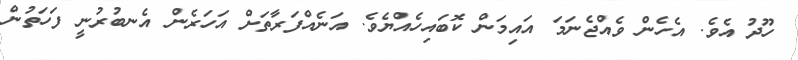
ހޫދު އެވެ. އެހެން ވެއްޖެނަމަ އައިމަން ކޮބައިހެއްޔެވެ. އަނެއްފަރާތަށް އަހަރެން އެނބުރުނީ ފަހަތުން